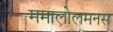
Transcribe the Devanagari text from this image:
ममालोलमनस